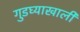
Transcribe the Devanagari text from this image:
गुडघ्याखालीं